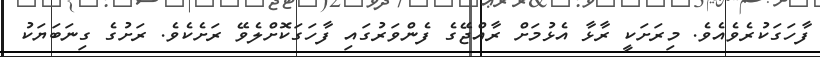
ފާހަގަކުރެވެއެވެ. މިރަށަކީ ރާޅާ އެޅުމަށް ރާއްޖޭގެ ފެންވަރުގައި ފާހަގަކޮށްލެވޭ ރަށެކެވެ. ރަށުގެ ގިނަބަޔަކު